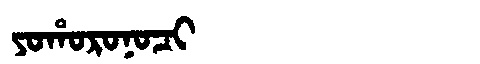
Manchu: ᠶᠣᡥᠣᡵᠣᠨᠣᠴᡳ
Romanization: YOHORONOCI